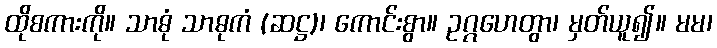
ထိုစကားကို။ သာဓုံ သာဓုကံ (ဆဋ္ဌ)၊ ကောင်းစွာ။ ဥဂ္ဂဟေတွာ၊ မှတ်ယူ၍။ မမ၊